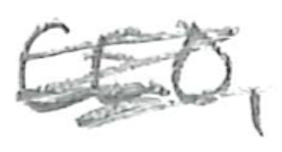
Text: CEO,
Cross-out: scratch
Writing tool: pencil